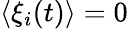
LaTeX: \langle\xi_{i}(t)\rangle=0